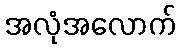
အလုံအလောက်